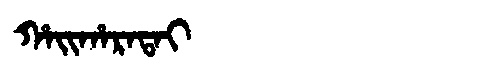
Manchu: ᡥᠠᡳᡥᠠᡵᠠᡨᠠᡳ
Romanization: HAIHARATAI